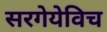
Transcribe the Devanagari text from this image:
सरगेयेविच